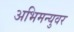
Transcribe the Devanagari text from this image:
अभिमन्युवर